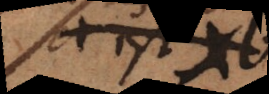
b est a